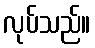
လုပ်သည်။